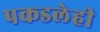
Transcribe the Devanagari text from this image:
पकडलेही